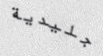
جليدية